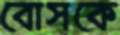
বোসকে